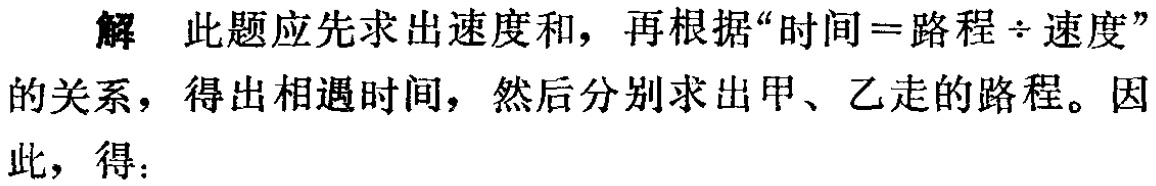
解 此题应先求出速度和，再根据“时间=路程÷速度”的关系，得出相遇时间，然后分别求出甲、乙走的路程。因此，得：